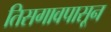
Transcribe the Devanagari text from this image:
तिसगावपासून